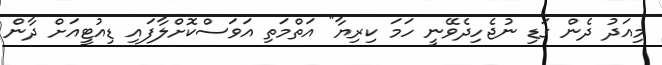
މިއަދު ދެން ގަޑި ނުޖެހިދެވޭނީ ހަމަ ކިރިޔާ" އަތްމަތި އަވަސްކޮށްލާފައި ޑިއުޓީއަށް ދާން